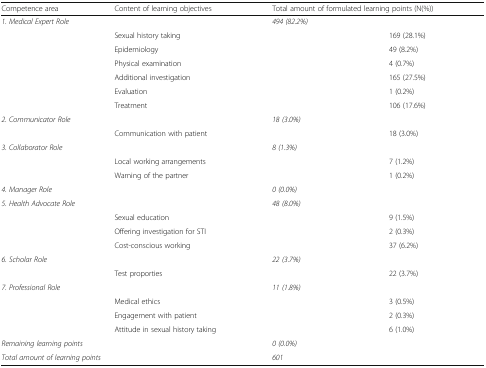
| Competence area | Content of learning objectives | <COLSPAN=2> Total amount of formulated learning points (N(%)) |
 | --- | --- | --- | --- |
 | <COLSPAN=2> 1. Medical Expert Role | <COLSPAN=2> 494 (82.2%) |
 |  | Sexual history taking |  | 169 (28.1%) |
 |  | Epidemiology |  | 49 (8.2%) |
 |  | Physical examination |  | 4 (0.7%) |
 |  | Additional investigation |  | 165 (27.5%) |
 |  | Evaluation |  | 1 (0.2%) |
 |  | Treatment |  | 106 (17.6%) |
 | <COLSPAN=2> 2. Communicator Role | <COLSPAN=2> 18 (3.0%) |
 |  | Communication with patient |  | 18 (3.0%) |
 | <COLSPAN=2> 3. Collaborator Role | <COLSPAN=2> 8 (1.3%) |
 |  | Local working arrangements |  | 7 (1.2%) |
 |  | Warning of the partner |  | 1 (0.2%) |
 | <COLSPAN=2> 4. Manager Role | <COLSPAN=2> 0 (0.0%) |
 | <COLSPAN=2> 5. Health Advocate Role | <COLSPAN=2> 48 (8.0%) |
 |  | Sexual education |  | 9 (1.5%) |
 |  | Offering investigation for STI |  | 2 (0.3%) |
 |  | Cost-conscious working |  | 37 (6.2%) |
 | <COLSPAN=2> 6. Scholar Role | <COLSPAN=2> 22 (3.7%) |
 |  | Test proporties |  | 22 (3.7%) |
 | <COLSPAN=2> 7. Professional Role | <COLSPAN=2> 11 (1.8%) |
 |  | Medical ethics |  | 3 (0.5%) |
 |  | Engagement with patient |  | 2 (0.3%) |
 |  | Attitude in sexual history taking |  | 6 (1.0%) |
 | <COLSPAN=2> Remaining learning points | <COLSPAN=2> 0 (0.0%) |
 | <COLSPAN=2> Total amount of learning points | <COLSPAN=2> 601 |